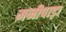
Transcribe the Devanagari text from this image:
मनीपाड़ा